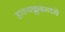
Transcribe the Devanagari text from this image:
हास्यक्लबमध्ये